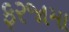
ફરજામા